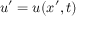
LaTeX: u ^ { \prime } = u ( x ^ { \prime } , t )